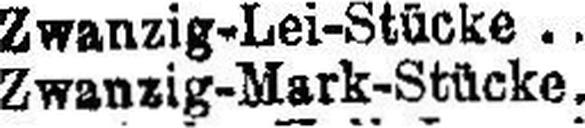
Zwanzig-Mark-Stücke